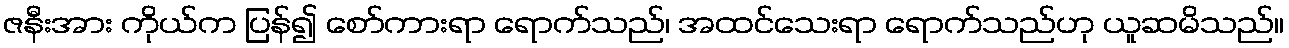
ဇနီးအား ကိုယ်က ပြန်၍ စော်ကားရာ ရောက်သည်၊ အထင်သေးရာ ရောက်သည်ဟု ယူဆမိသည်။